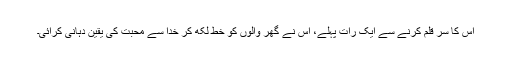
اس کا سر قلم کرنے سے ایک رات پہلے، اس نے گھر والوں کو خط لکھ کر خدا سے محبت کی یقین دہانی کرائی۔